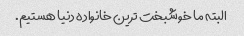
البته ما خوشبخت ترین خانواده دنیا هستیم.